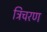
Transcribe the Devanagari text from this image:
त्रिचरण